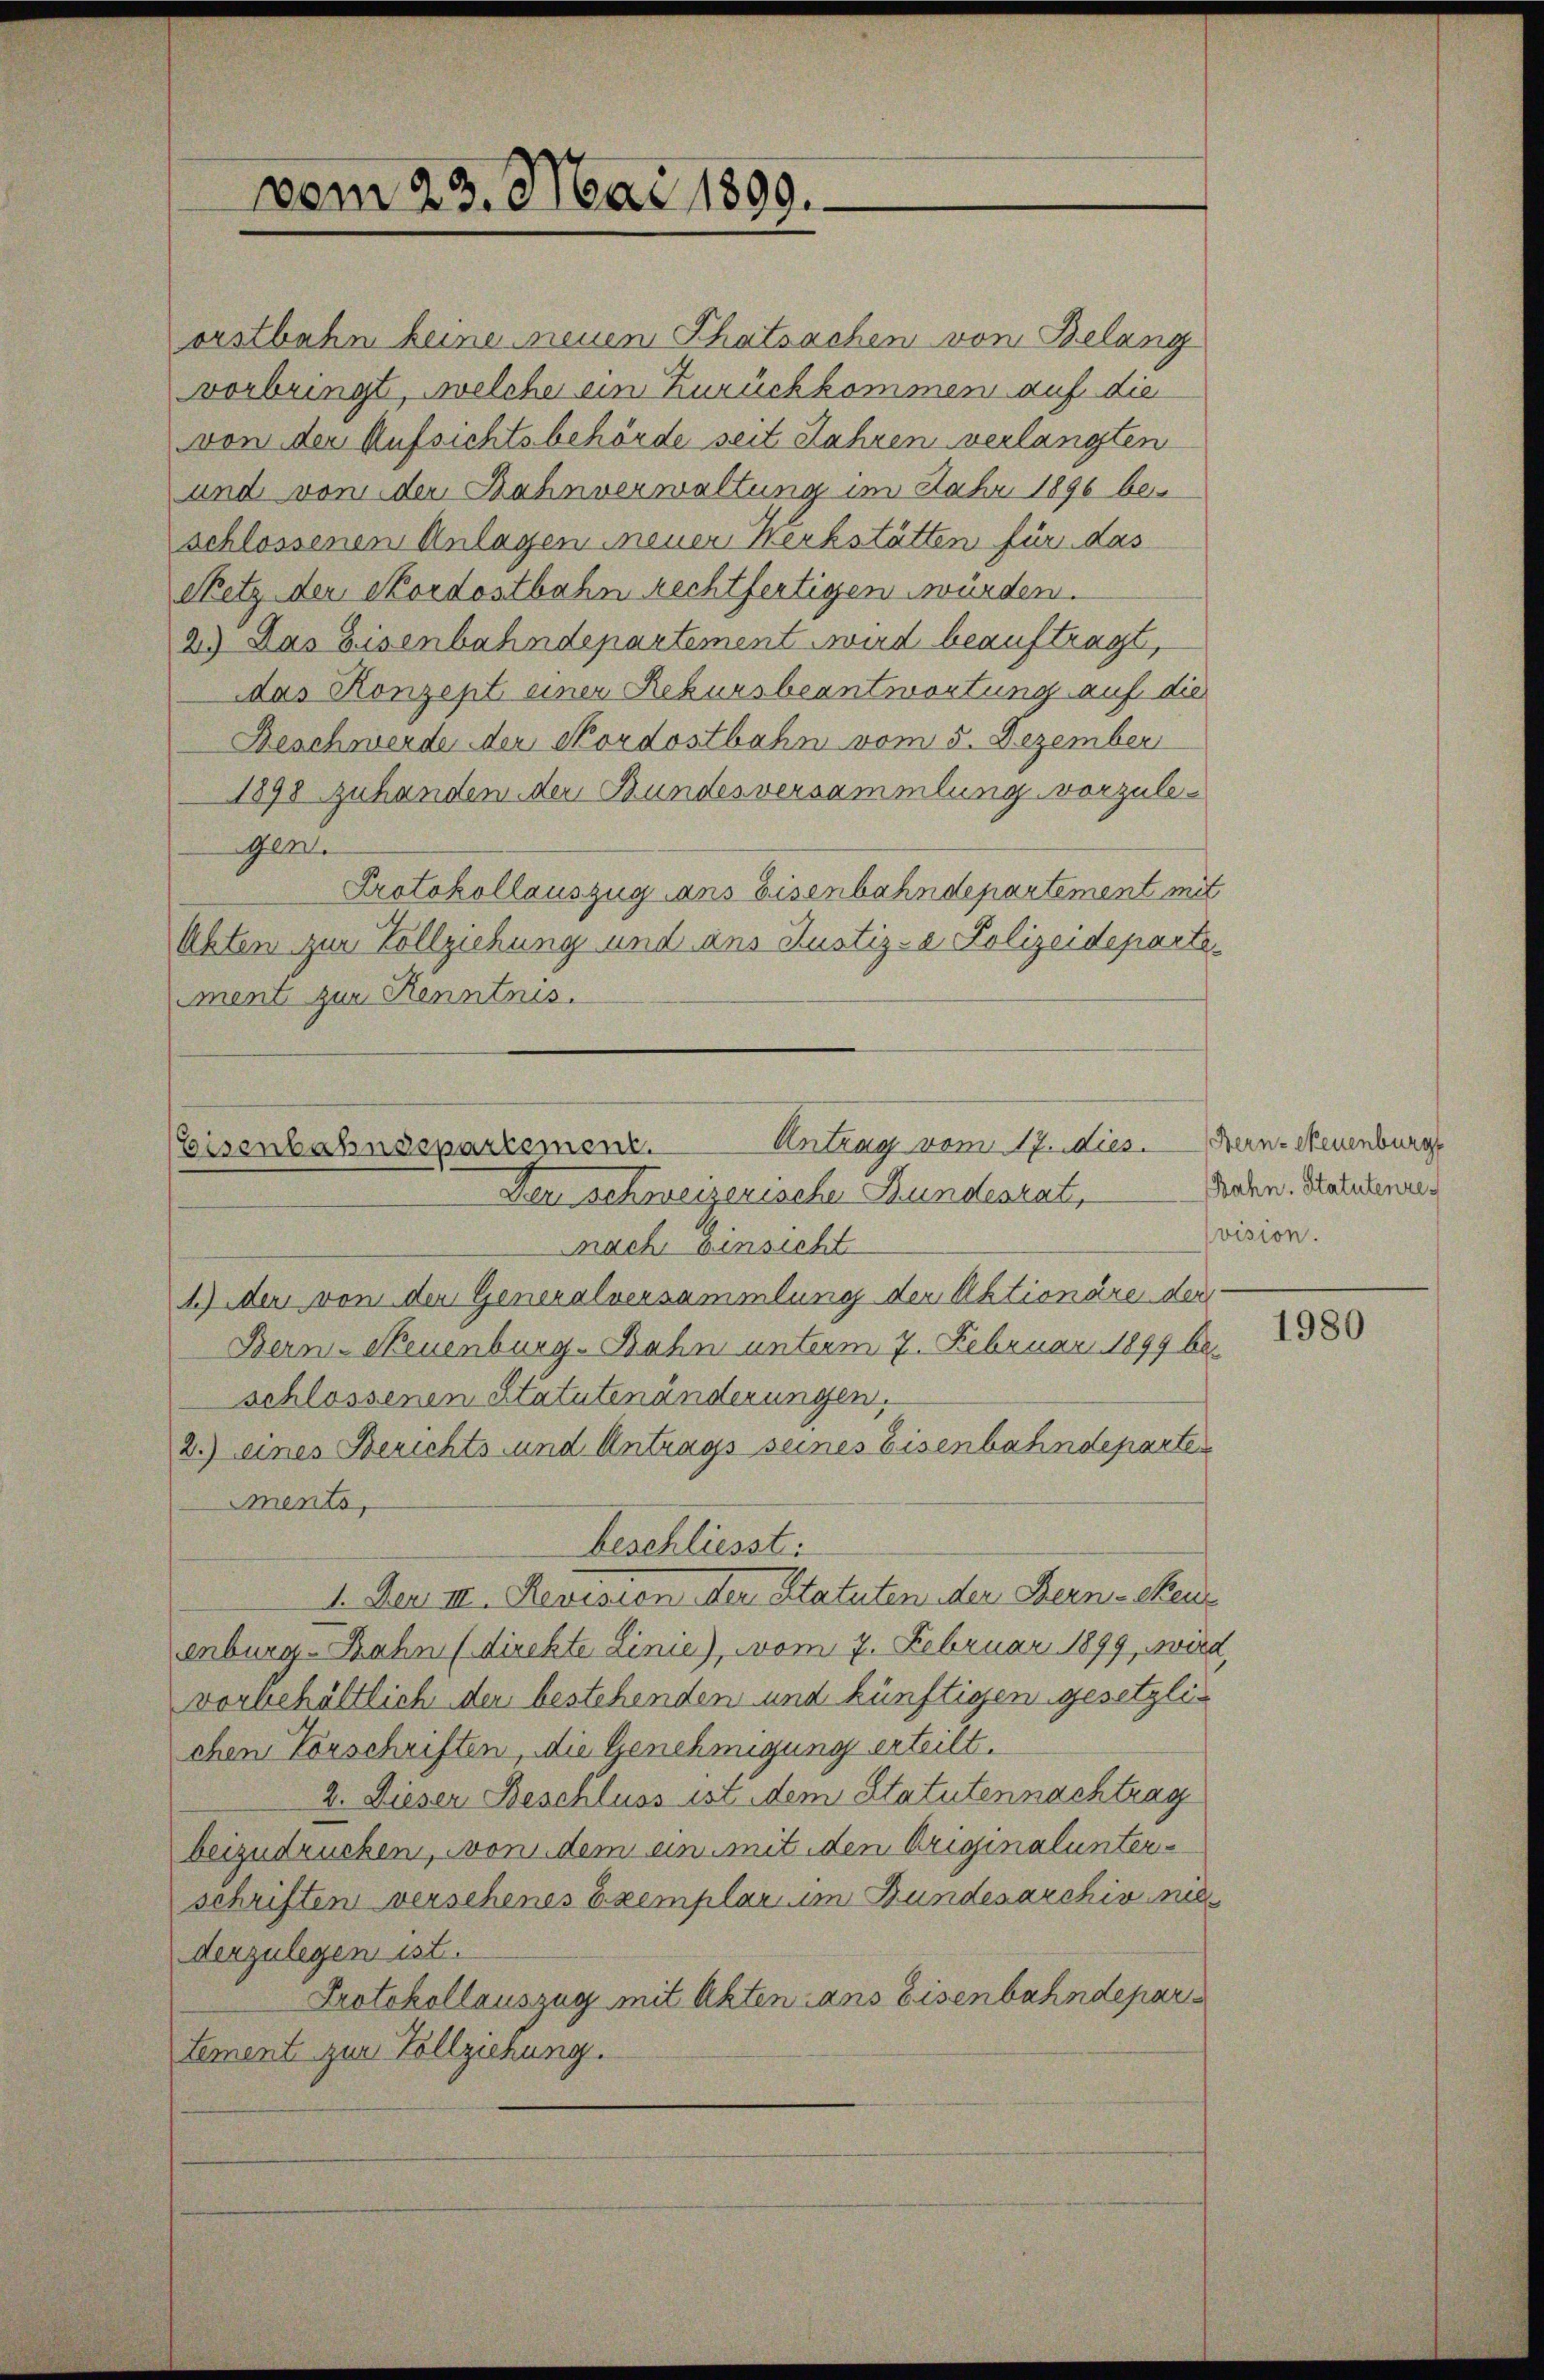
vom 23. Mai 1899.

Antrag vom 17. dies
Eisenbahndepartement.
Den schweizerische Bundesrat,

orstbahn beine neuen Thatsachen von Belang
vorbringt, welche ein Zurückkommen auf die
von der Aufsichtsbehörde seit Jahren verlangten
und von der Bahnverwaltung im Jahr 1896 be-
schlossenen Anlagen neuer Merkstätten für das
Netz der Nordostbahn rechtfertigen würden.
2.) Das Eisenbahndepartement wird beauftragt,
das Konzept einer Rekursbeantwortung auf die
Beschwerde der Nordostbahn vom 5. Dezember
1898 zuhanden der Bundesversammlung vorzulegen
Protokollauszug ans Eisenbahndepartement mit
Ahten zur Vollziehung und ans Justiz- & Polizeideparte.
ment zur Kenntnis.
mnach ainsicht
1.) der von der Generalversammlung der Aktionäre der
Bern-Neuenburg-Bahn unterm 7. Februar 1899 bei
schlossenen Statutenänderungen.
2.) eines Berichts- und Antrags seines Eisenbahndeparte
Mments,
beschliesst:
1. Der III. Revision der Statuten der Bern Reu
enburg- Zahn (direkte Linie), vom 7. Februar 1899, wird
vorbehältlich den bestehenden und künftigen gesetzlichen Vorschriften, die Genehmigung erteilt.
2. Dieser Beschluss ist dem Statutennachtrag
beizudrucken, von dem ein mit den Originalunterschriften verschenes Exemplar um Bundesarchiv nie
derzulegen ist.
Protokollauszug mit Akten ans Eisenbahndepar
tement zur Vollziehung.

Hern-Neuenburg
Bahn. Statutenre
vision.

1980